Lunatic asylums Madras 1877-1891 - 1877-1891
Year: 1877
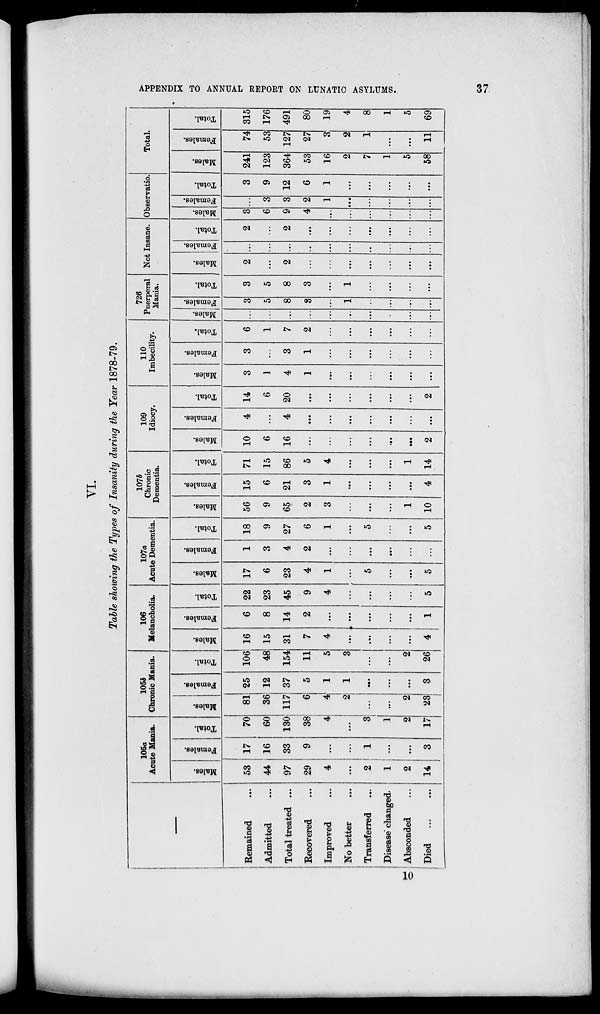
APPENDIX TO ANNUAL REPORT ON LUNATIC ASYLUMS.
37
VI.
Table showing the Types of Insanity during the Year 1878-79.
Remained ...
Admitted ...
Total treated ...
Recovered ...
Improved ...
No better ...
Transferred ...
Disease changed.
Absconded ...
Died ... ...
105a
Acute Mania.
Males.
53
44
97
29
4
...
2
1
2
14
Females.
17
16
33
9
...
...
1
...
...
3
Total.
70
60
130
38
4
...
3
1
2
17
105 b
Chronic Mania.
Males.
81
36
117
6
4
2
...
...
2
23
Females.
25
12
37
5
1
1
...
...
...
3
Total.
106
48
154
11
5
3
...
...
2
26
106
Melancholia.
Males.
16
15
31
7
4
...
...
...
...
4
Females.
6
8
14
2
...
...
...
...
...
1
Total.
22
23
45
9
4
...
...
...
...
5
107a
Acute Dementia.
Males.
17
6
23
4
1
...
5
...
...
5
Females.
1
3
4
2
...
...
...
...
...
...
Total.
18
9
27
6
1
...
5
...
...
5
107b
Chronic
Dementia.
Males.
56
9
65
2
3
...
...
...
1
10
Females.
15
6
21
3
1
...
...
...
...
4
Total.
71
15
86
5
4
...
...
...
1
14
109
Idiocy.
Males.
10
6
16
...
...
...
...
...
...
2
Females.
4
...
4
...
...
...
...
...
...
...
Total.
14
6
20
...
...
...
...
...
...
2
110
Imbecility.
Males.
3
1
4
1
...
...
...
...
...
...
Females.
3
...
3
1
...
...
...
...
...
...
Total.
6
1
7
2
...
...
...
...
...
...
726
Puerperal
Mania.
Males.
...
...
...
...
...
...
...
...
...
...
Females.
3
5
8
3
...
1
...
...
...
...
Total.
3
5
8
3
...
1
...
...
...
...
Not Insane.
Males.
2
...
2
...
...
...
...
...
...
...
Females.
...
...
...
...
...
...
...
...
...
...
Total.
2
...
2
...
...
...
...
...
...
...
Observatio.
Males.
3
6
9
4
...
...
...
...
...
...
Females.
...
3
3
2
1
...
...
...
...
...
Total.
3
9
12
6
1
...
...
...
...
...
Total.
Males.
241
123
364
53
16
2
7
1
5
58
Females.
74
53
127
27
3
2
1
...
...
11
Total.
315
176
491
80
19
4
8
1
5
69
10